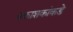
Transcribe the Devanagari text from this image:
प्रकाशकांकडे